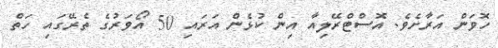
ހޮވަން އަރާށެވެ. އޮސްޓްރޭލިއާ އިން ކުޅެން އަރައި 50 އޯވަރުގެ ތެރޭގައި ހަތް